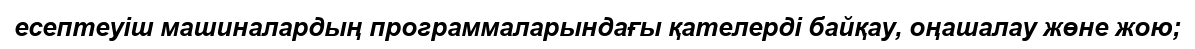
есептеуіш машиналардың программаларындағы қателерді байқау, оңашалау жөне жою;